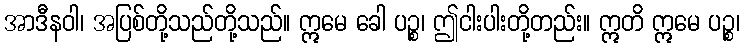
အာဒီနဝါ၊ အပြစ်တို့သည်တို့သည်။ ဣမေ ခေါ ပဉ္စ၊ ဤငါးပါးတို့တည်း။ ဣတိ ဣမေ ပဉ္စ၊